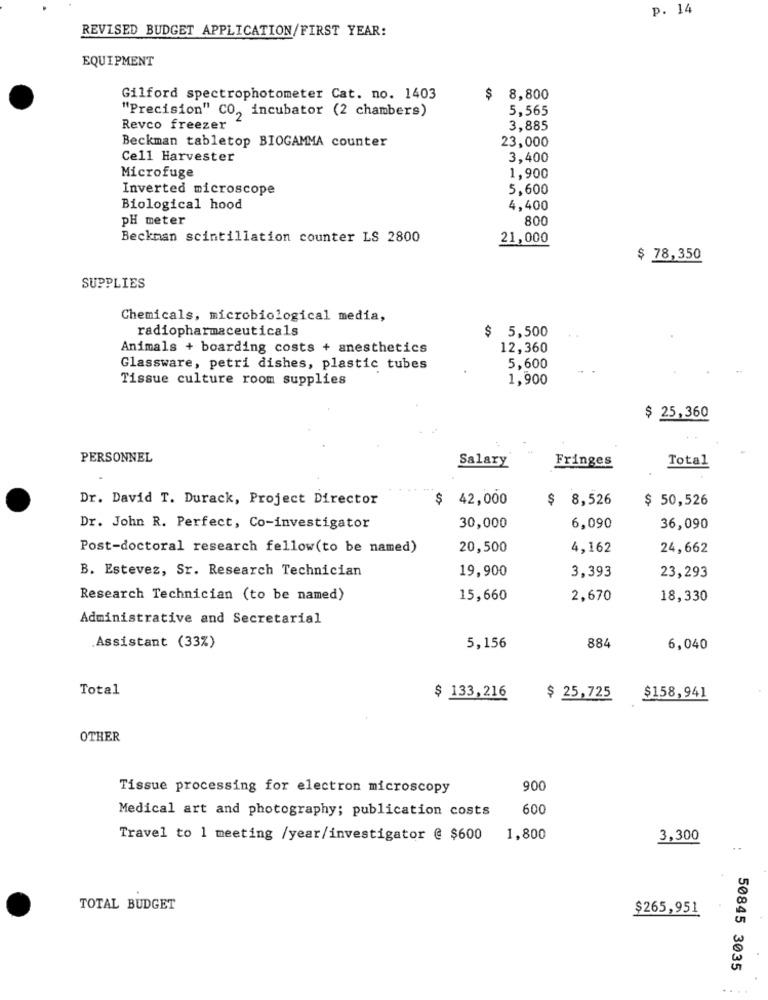
p. 14
REVISED BUDGET APPLICATION/FIRST YEAR:
EQUIPMENT
Gilford spectrophotometer Cat. no. 1403
$ 8,800
"Precision" CO ,, incubator (2 chambers)
5,565
Revco freezer
3,885
23,000
Beckman tabletop BIOGAMMA counter
Cell Harvester
3,400
Microfuge
1,900
Inverted microscope
5.600
Biological hood
4,400
PH meter
800
Beckman scintillation counter LS 2800
21,000
$ 78,350
SUPPLIES
Chemicals, microbiological media,
$ 5,500
radiopharmaceuticals
Animals + boarding costs + anesthetics
12,360
Glassware, petri dishes, plastic tubes
5,600
Tissue culture room supplies
1,900
$ 25,360
PERSONNEL
Salary
Total
Fringes
Dr. David T. Durack, Project Director
$ 42,000
$ 8,526
$ 50,526
Dr. John R. Perfect, Co-investigator
30,000
6,090
36,090
Post-doctoral research fellow(to be named)
20,500
4,162
24,662
B. Estevez, Sr. Research Technician
3,393
19,900
23,293
Research Technician (to be named)
15,660
2,670
18,330
Administrative and Secretarial
884
Assistant (33%)
5,156
6,040
Total
$ 133,216
$ 25,725
$158,941
OTHER
Tissue processing for electron microscopy
900
600
Medical art and photography; publication costs
Travel to 1 meeting /year/investigator @ $600 1,800
3,300
:
TOTAL BUDGET
$265,951
50845 3035
....